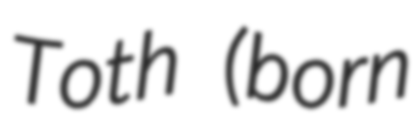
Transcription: Toth (born